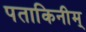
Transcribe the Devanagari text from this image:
पताकिनीम्